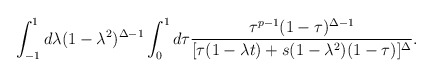
\begin{align*}\int_{-1}^{1}d\lambda (1-\lambda^{2})^{\Delta-1}\int_{0}^{1}d\tau\frac{\tau^{p-1}(1-\tau)^{\Delta-1}}{[\tau(1-\lambda t)+s(1-\lambda^2)(1-\tau)]^{\Delta}}.\end{align*}